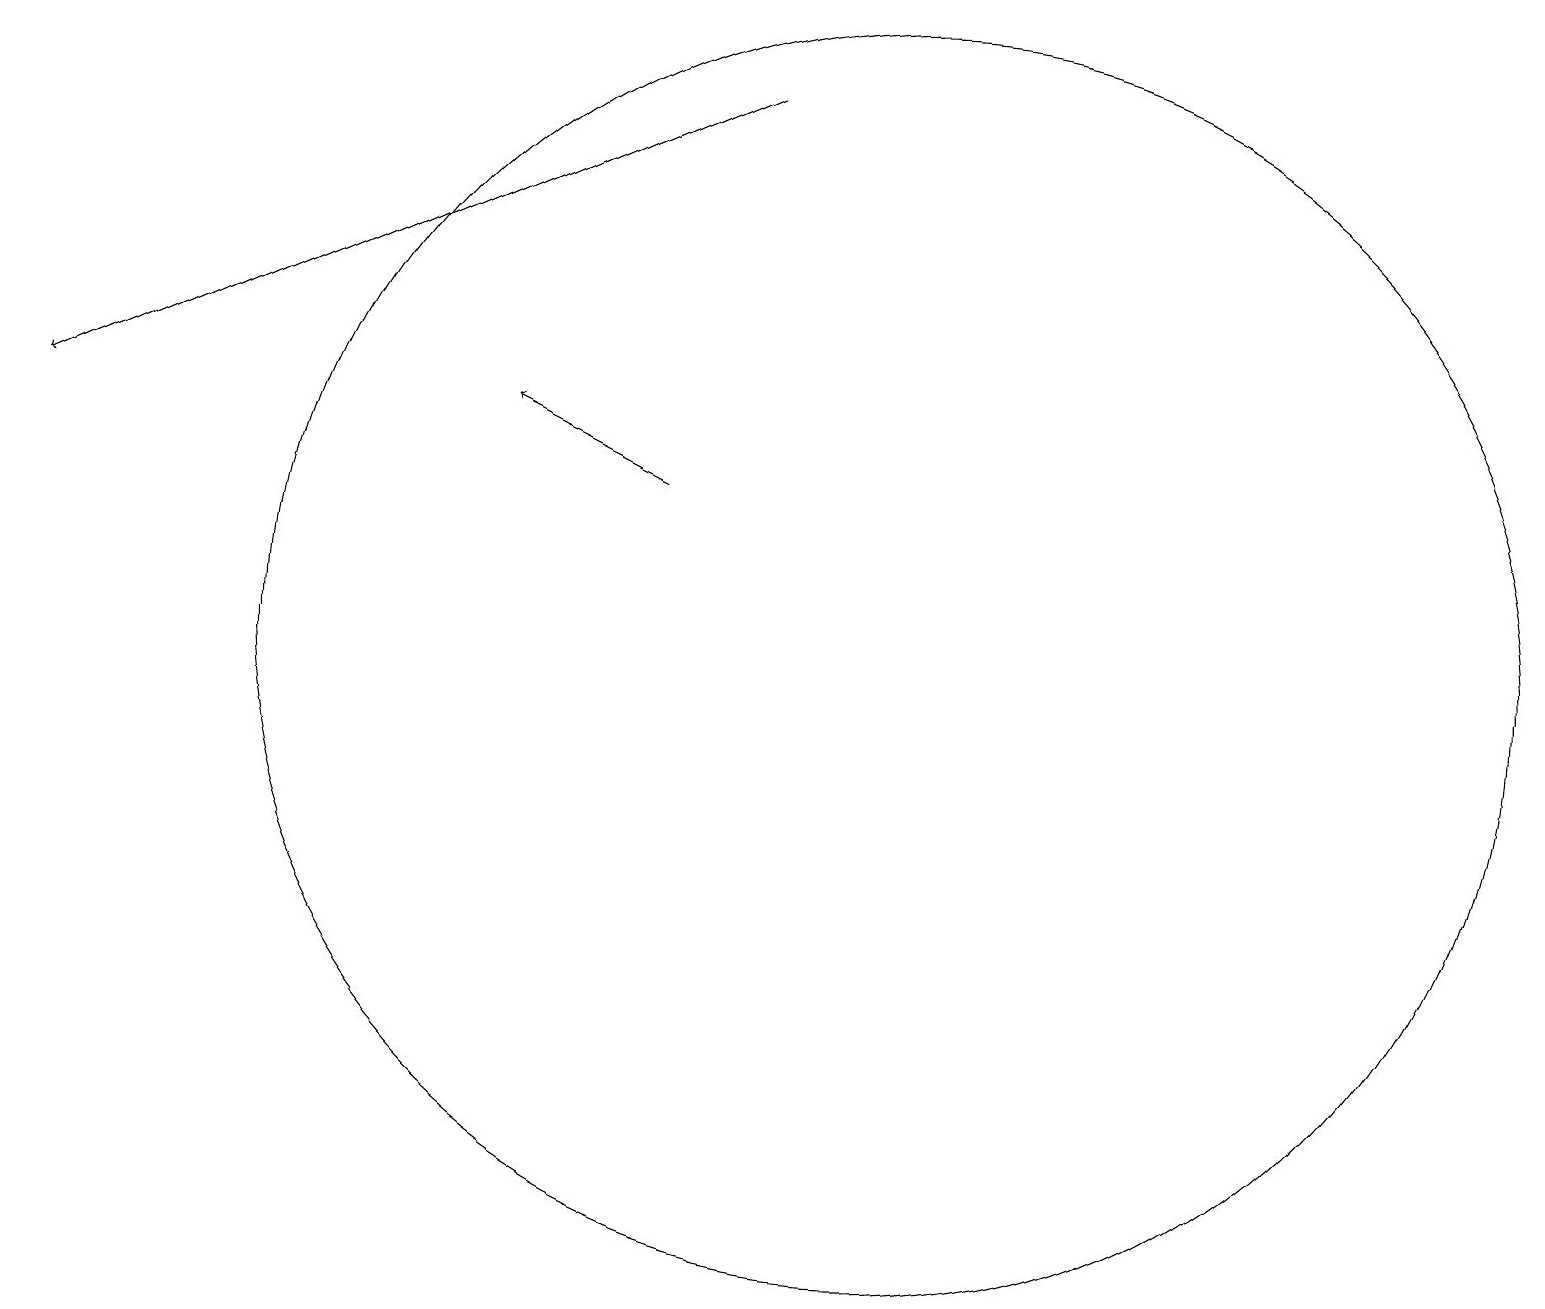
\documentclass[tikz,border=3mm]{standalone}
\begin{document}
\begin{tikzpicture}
\draw (10,10) circle (0);
\draw[->] (9,19) -- (0,15);
\draw[->] (8,14) -- (6,15);
\draw (11,12) circle (8);
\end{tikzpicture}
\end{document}